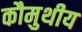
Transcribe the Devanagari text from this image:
कौमुथीय